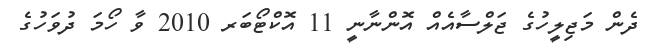
ދެން މަޖިލީހުގެ ޖަލްސާއެއް އޮންނާނީ 11 އޮކްޓޯބަރ 2010 ވާ ހޯމަ ދުވަހުގެ